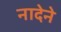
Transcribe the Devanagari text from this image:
नादेने